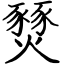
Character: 燹